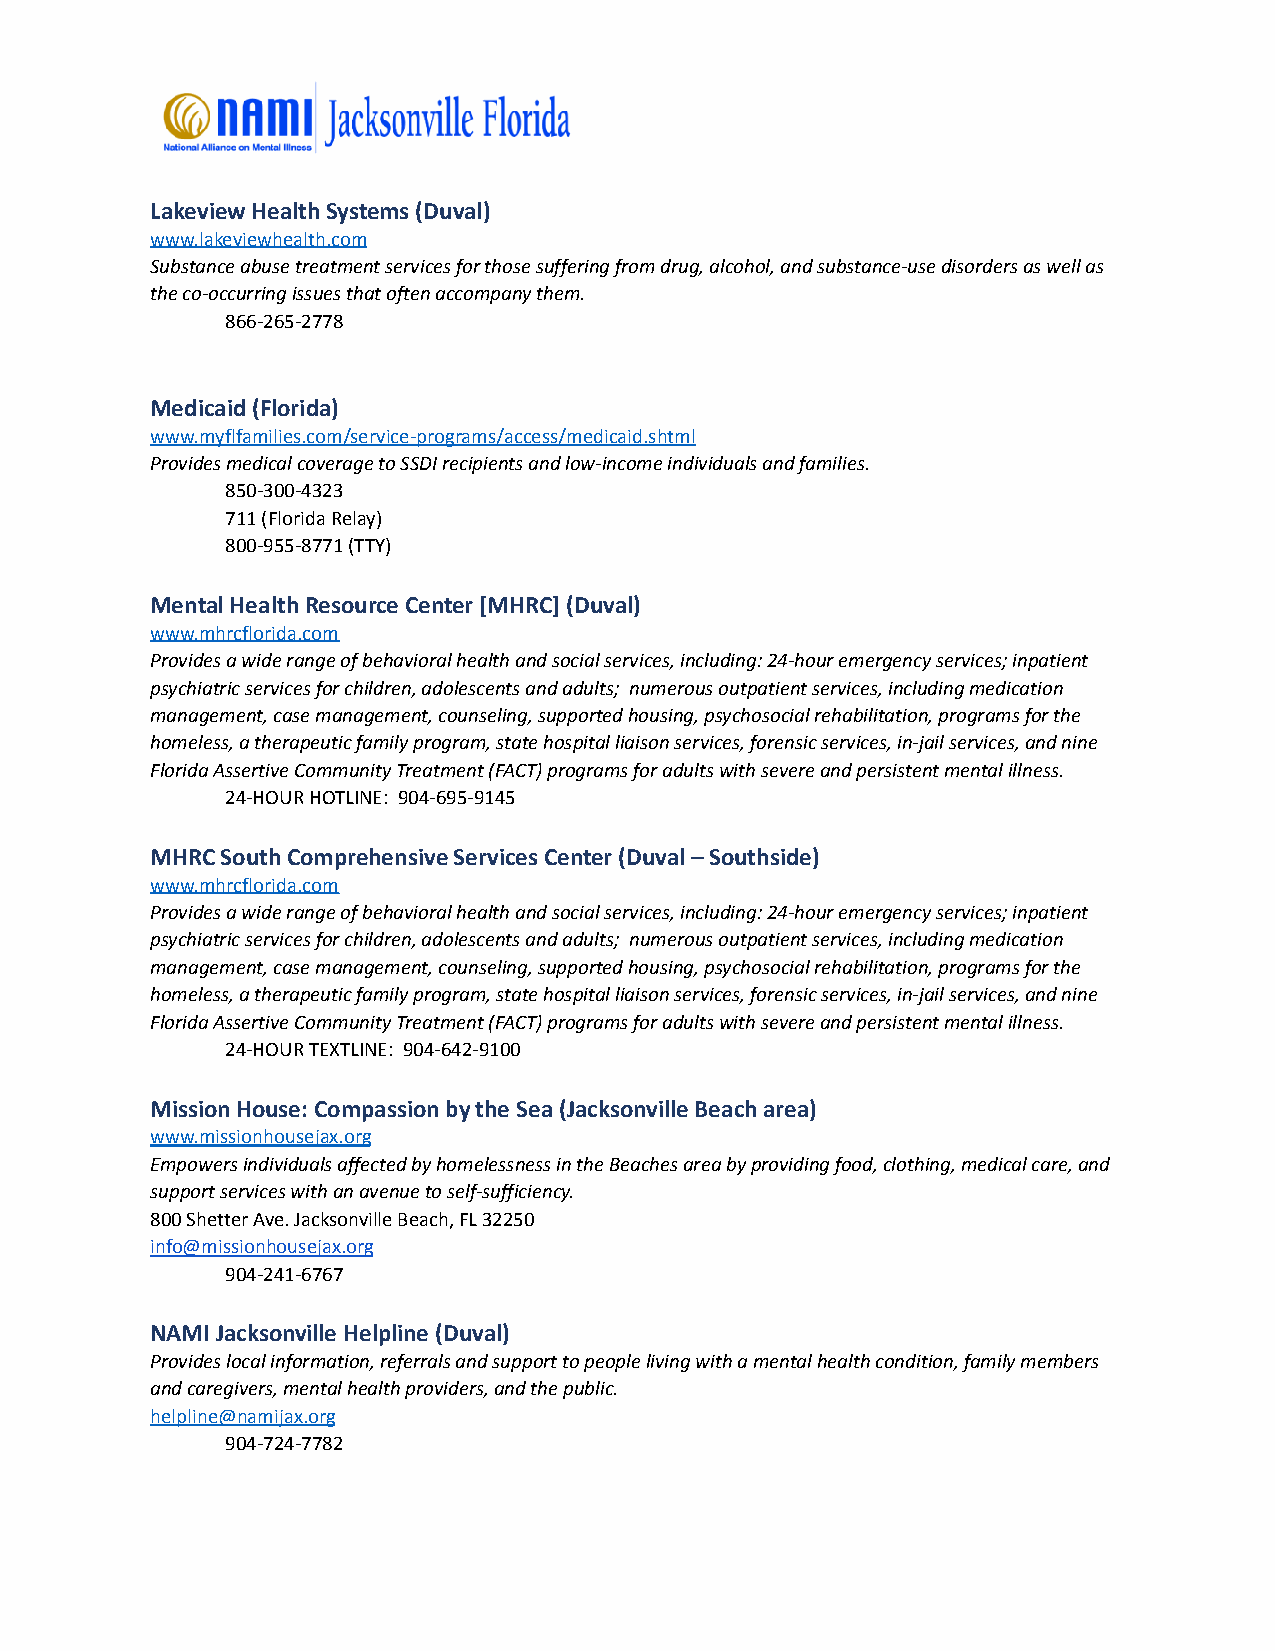
Lakeview Health Systems (Duval)
 www.lakeviewhealth.com
 Substance abuse treatment services for those suffering from drug, alcohol, and substance-use disorders as well as
 the co-occurring issues that often accompany them.
 866-265-2778
 Medicaid (Florida)
 www.myflfamilies.com/service-programs/access/medicaid.shtml
 Provides medical coverage to SSDI recipients and low-income individuals and families.
 850-300-4323
 711 (Florida Relay)
 800-955-8771 (TTY)
 Mental Health Resource Center [MHRC] (Duval)
 www.mhrcflorida.com
 Provides a wide range of behavioral health and social services, including: 24-hour emergency services; inpatient
 psychiatric services for children, adolescents and adults; numerous outpatient services, including medication
 management, case management, counseling, supported housing, psychosocial rehabilitation, programs for the
 homeless, a therapeutic family program, state hospital liaison services, forensic services, in-jail services, and nine
 Florida Assertive Community Treatment (FACT) programs for adults with severe and persistent mental illness.
 24-HOUR HOTLINE: 904-695-9145
 MHRC South Comprehensive Services Center (Duval – Southside)
 www.mhrcflorida.com
 Provides a wide range of behavioral health and social services, including: 24-hour emergency services; inpatient
 psychiatric services for children, adolescents and adults; numerous outpatient services, including medication
 management, case management, counseling, supported housing, psychosocial rehabilitation, programs for the
 homeless, a therapeutic family program, state hospital liaison services, forensic services, in-jail services, and nine
 Florida Assertive Community Treatment (FACT) programs for adults with severe and persistent mental illness.
 24-HOUR TEXTLINE: 904-642-9100
 Mission House: Compassion by the Sea (Jacksonville Beach area)
 www.missionhousejax.org
 Empowers individuals affected by homelessness in the Beaches area by providing food, clothing, medical care, and
 support services with an avenue to self-sufficiency.
 800 Shetter Ave. Jacksonville Beach, FL 32250
 info@missionhousejax.org
 904-241-6767
 NAMI Jacksonville Helpline (Duval)
 Provides local information, referrals and support to people living with a mental health condition, family members
 and caregivers, mental health providers, and the public.
 helpline@namijax.org
 904-724-7782